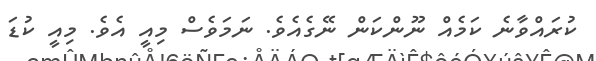
ކުރައްވާނެ ކަމެއް ނޫންކަން ނޭގެއެވެ. ނަމަވެސް މިއީ އެވެ. މިއީ ކުޑަ